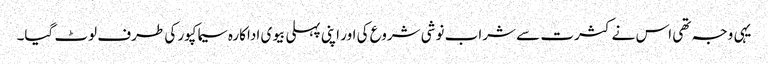
یہی وجہ تھی اس نے کثرت سے شراب نوشی شروع کی اور اپنی پہلی بیوی اداکارہ سیما کپور کی طرف لوٹ گیا۔